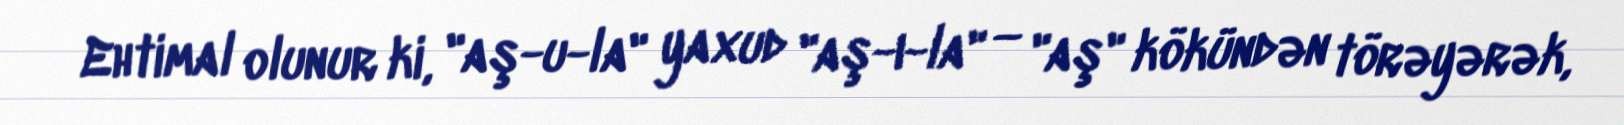
Ehtimal olunur ki, "aş-u-la" yaxud "aş-ı-la" — "aş" kökündən törəyərək,